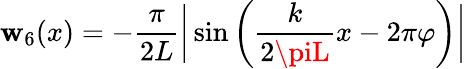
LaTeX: \mathbf{w}_{6}(x)=-\frac{{\pi}}{{2L}}\bigg|\sin\bigg(\frac{{k}}{{2\piL}}x-2\pi\varphi\bigg)\bigg|